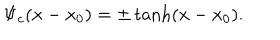
\Psi _ { c } ( x - x _ { 0 } ) = \pm \tanh ( x - x _ { 0 } ) .